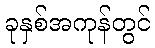
ခုနှစ်အကုန်တွင်